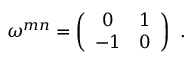
\omega ^ { m n } = \left( \begin{array} { c c } { { 0 } } & { { 1 } } \\ { { - 1 } } & { { 0 } } \end{array} \right) \ .